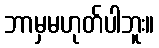
ဘာမှမဟုတ်ပါဘူး။